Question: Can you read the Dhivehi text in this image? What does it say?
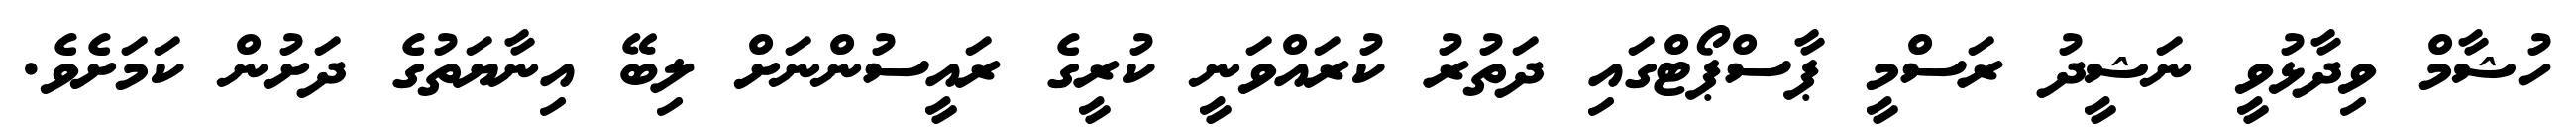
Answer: ހުޝާމް ވިދާޅުވީ ނަޝީދު ރަސްމީ ޕާސްޕޯޓްގައި ދަތުރު ކުރައްވަނީ ކުރީގެ ރައީސުންނަށް ލިބޭ އިނާޔަތުގެ ދަށުން ކަމަށެވެ.